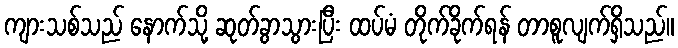
ကျားသစ်သည် နောက်သို့ ဆုတ်ခွာသွားပြီး ထပ်မံ တိုက်ခိုက်ရန် တာစူလျက်ရှိသည်။